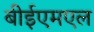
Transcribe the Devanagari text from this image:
बीईएमएल